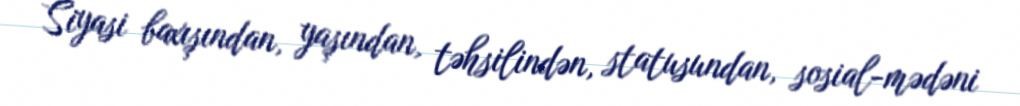
Siyasi baxışından, yaşından, təhsilindən, statusundan, sosial-mədəni